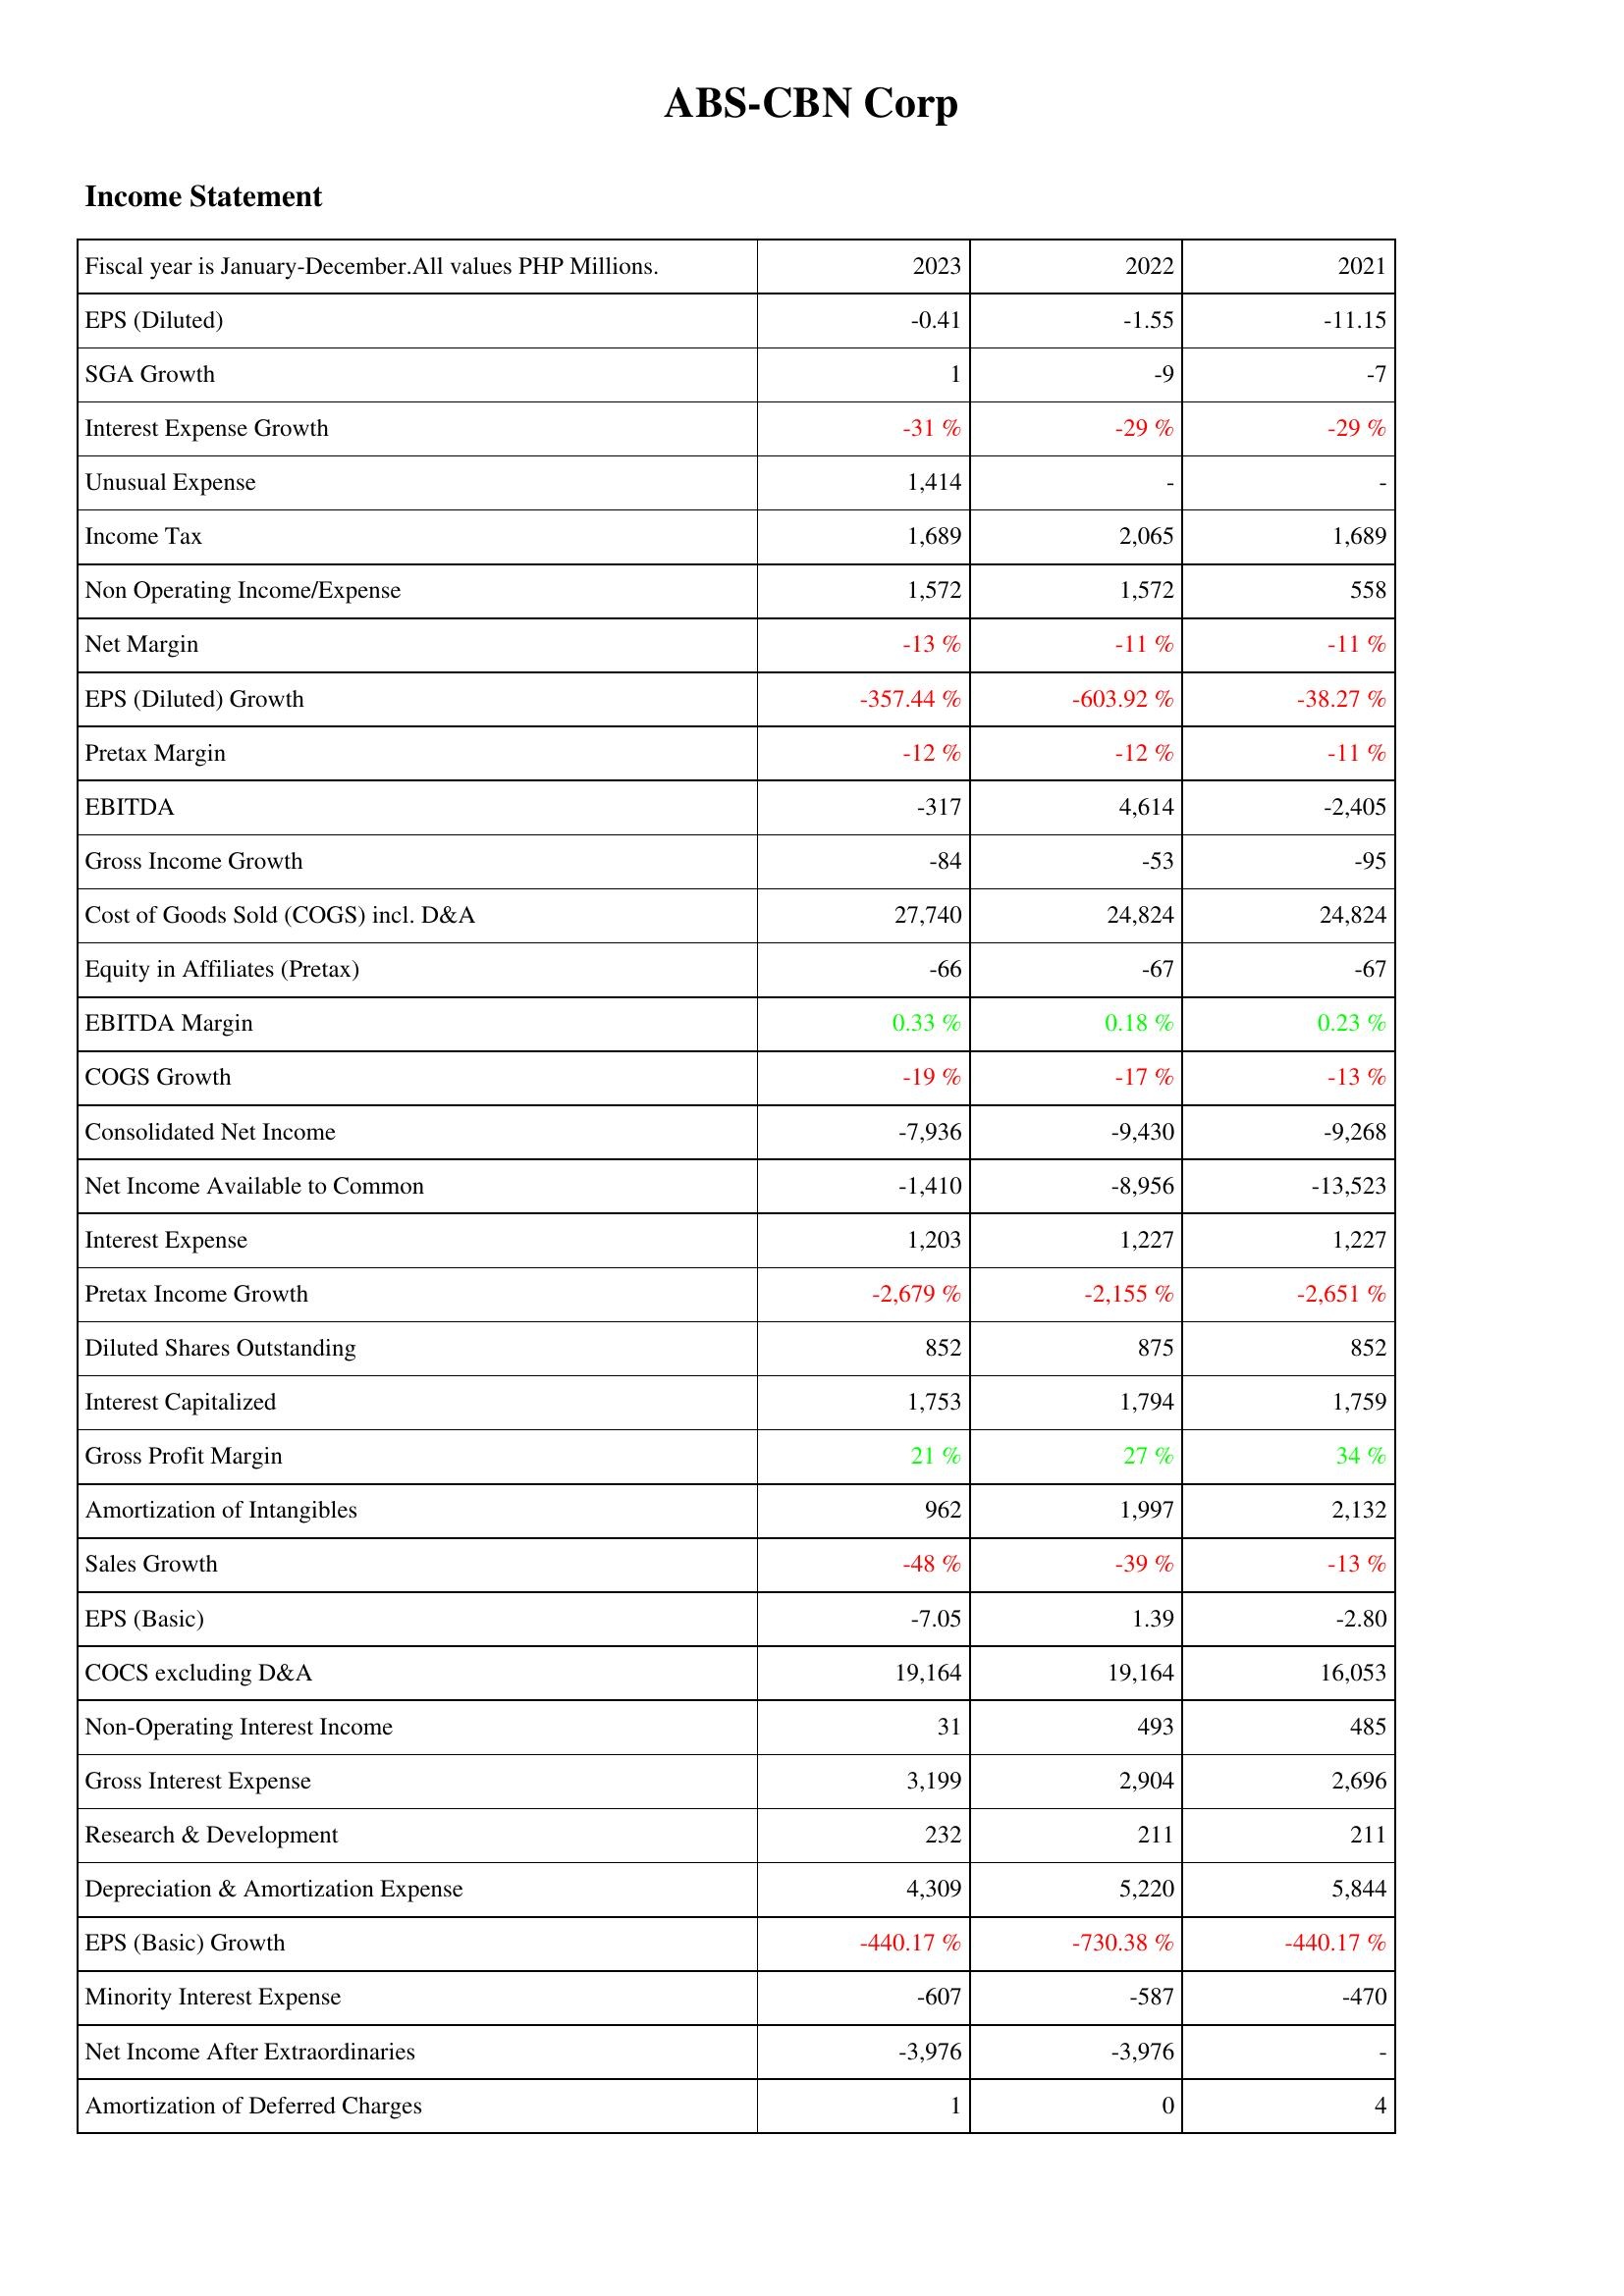
2023: Income Statement: EPS (Diluted): -0.41
SGA Growth: 1
Interest Expense Growth: -31 %
Unusual Expense: 1,414
Income Tax: 1,689
Non Operating Income/Expense: 1,572
Net Margin: -13 %
EPS (Diluted) Growth: -357.44 %
Pretax Margin: -12 %
EBITDA: -317
Gross Income Growth: -84
Cost of Goods Sold (COGS) incl. D&A: 27,740
Equity in Affiliates (Pretax): -66
EBITDA Margin: 0.33 %
COGS Growth: -19 %
Consolidated Net Income: -7,936
Net Income Available to Common: -1,410
Interest Expense: 1,203
Pretax Income Growth: -2,679 %
Diluted Shares Outstanding: 852
Interest Capitalized: 1,753
Gross Profit Margin: 21 %
Amortization of Intangibles: 962
Sales Growth: -48 %
EPS (Basic): -7.05
COCS excluding D&A: 19,164
Non-Operating Interest Income: 31
Gross Interest Expense: 3,199
Research & Development: 232
Depreciation & Amortization Expense: 4,309
EPS (Basic) Growth: -440.17 %
Minority Interest Expense: -607
Net Income After Extraordinaries: -3,976
Amortization of Deferred Charges: 1
2022: Income Statement: EPS (Diluted): -1.55
SGA Growth: -9
Interest Expense Growth: -29 %
Unusual Expense: -
Income Tax: 2,065
Non Operating Income/Expense: 1,572
Net Margin: -11 %
EPS (Diluted) Growth: -603.92 %
Pretax Margin: -12 %
EBITDA: 4,614
Gross Income Growth: -53
Cost of Goods Sold (COGS) incl. D&A: 24,824
Equity in Affiliates (Pretax): -67
EBITDA Margin: 0.18 %
COGS Growth: -17 %
Consolidated Net Income: -9,430
Net Income Available to Common: -8,956
Interest Expense: 1,227
Pretax Income Growth: -2,155 %
Diluted Shares Outstanding: 875
Interest Capitalized: 1,794
Gross Profit Margin: 27 %
Amortization of Intangibles: 1,997
Sales Growth: -39 %
EPS (Basic): 1.39
COCS excluding D&A: 19,164
Non-Operating Interest Income: 493
Gross Interest Expense: 2,904
Research & Development: 211
Depreciation & Amortization Expense: 5,220
EPS (Basic) Growth: -730.38 %
Minority Interest Expense: -587
Net Income After Extraordinaries: -3,976
Amortization of Deferred Charges: 0
2021: Income Statement: EPS (Diluted): -11.15
SGA Growth: -7
Interest Expense Growth: -29 %
Unusual Expense: -
Income Tax: 1,689
Non Operating Income/Expense: 558
Net Margin: -11 %
EPS (Diluted) Growth: -38.27 %
Pretax Margin: -11 %
EBITDA: -2,405
Gross Income Growth: -95
Cost of Goods Sold (COGS) incl. D&A: 24,824
Equity in Affiliates (Pretax): -67
EBITDA Margin: 0.23 %
COGS Growth: -13 %
Consolidated Net Income: -9,268
Net Income Available to Common: -13,523
Interest Expense: 1,227
Pretax Income Growth: -2,651 %
Diluted Shares Outstanding: 852
Interest Capitalized: 1,759
Gross Profit Margin: 34 %
Amortization of Intangibles: 2,132
Sales Growth: -13 %
EPS (Basic): -2.80
COCS excluding D&A: 16,053
Non-Operating Interest Income: 485
Gross Interest Expense: 2,696
Research & Development: 211
Depreciation & Amortization Expense: 5,844
EPS (Basic) Growth: -440.17 %
Minority Interest Expense: -470
Net Income After Extraordinaries: -
Amortization of Deferred Charges: 4